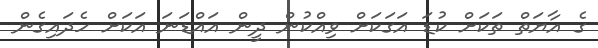
ގެ އާޔަތް ތަކަށް ކުޑަ އަގަކަށް ވިއްކުން ދީން އައްޑަނަ އަކަށް ހެދައިގެން